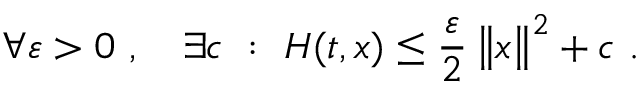
\forall \varepsilon > 0 \ , \ \ \ \exists c \ : \ H ( t , x ) \le \frac { \varepsilon } { 2 } \left\| x \right\| ^ { 2 } + c \ .